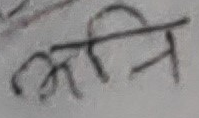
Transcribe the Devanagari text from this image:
गति